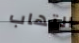
التهاب